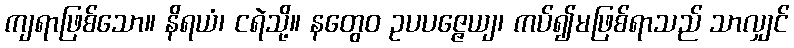
ကျရာဖြစ်သော။ နိရယံ၊ ငရဲသို့။ နတွေဝ ဥပပဇ္ဇေယျ၊ ကပ်၍မဖြစ်ရာသည် သာလျှင်